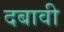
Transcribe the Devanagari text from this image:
दबावी